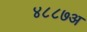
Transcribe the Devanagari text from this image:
४८८७अ